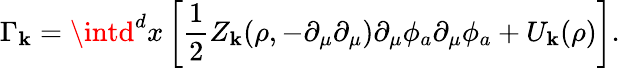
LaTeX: \Gamma_{\mathbf{k}}=\intd^{d}x\left[\frac{{1}}{{2}}Z_{\mathbf{k}}(\rho,-\partial_{\mu}\partial_{\mu})\partial_{\mu}\phi_{a}\partial_{\mu}\phi_{a}+U_{\mathbf{k}}(\rho)\right].